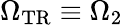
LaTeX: \Omega_{\mathrm{{TR}}}\equiv\Omega_{2}